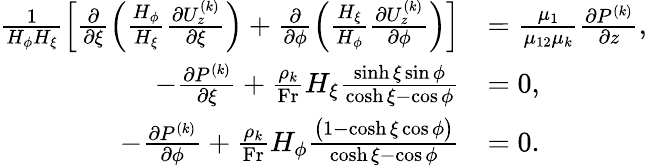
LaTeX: \begin{array}{rl}{\frac{1}{H_{\phi}H_{\xi}}\left[\frac{\partial}{\partial\xi}\left(\frac{H_{\phi}}{H_{\xi}}\frac{\partial U_{z}^{(k)}}{\partial\xi}\right)+\frac{\partial}{\partial\phi}\left(\frac{H_{\xi}}{H_{\phi}}\frac{\partial U_{z}^{(k)}}{\partial\phi}\right)\right]}&{=\frac{\mu_{1}}{\mu_{12}\mu_{k}}\frac{\partial P^{(k)}}{\partial z},}\\ {-\frac{\partial P^{(k)}}{\partial\xi}+\frac{\rho_{k}}{\mathrm{Fr}}H_{\xi}\frac{\sinh\xi\sin\phi}{\cosh\xi-\cos\phi}}&{=0,}\\ {-\frac{\partial P^{(k)}}{\partial\phi}+\frac{\rho_{k}}{\mathrm{Fr}}H_{\phi}\frac{\bigl(1-\cosh\xi\cos\phi\bigr)}{\cosh\xi-\cos\phi}}&{=0.}\end{array}